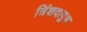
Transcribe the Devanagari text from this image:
त्रिंशदायुध